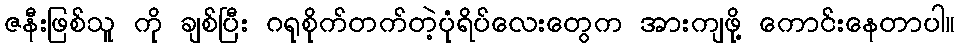
ဇနီးဖြစ်သူ ကို ချစ်ပြီး ဂရုစိုက်တက်တဲ့ပုံရိပ်လေးတွေက အားကျဖို့ ကောင်းနေတာပါ။